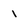
Character: 1